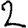
Digit: 2